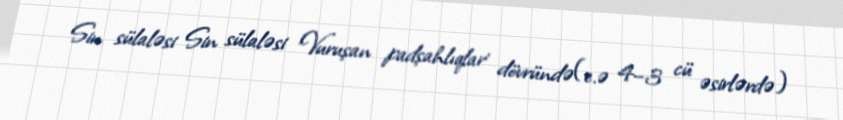
Sin sülaləsi Sin sülaləsi 'Vuruşan padşahlıqlar' dövründə(e.ə 4–3 cü əsirlərdə)